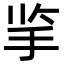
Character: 㧛